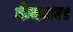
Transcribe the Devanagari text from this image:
कैनमर।